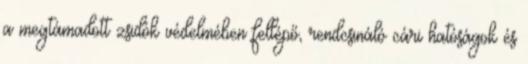
a megtámadott zsidók védelmében fellépő, rendcsináló cári hatóságok és